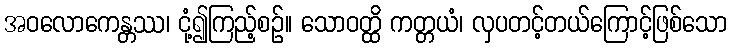
အဝလောကေန္တဿ၊ ငုံ့၍ကြည့်စဉ်။ သောဝတ္ထိ ကတ္တယံ၊ လှပတင့်တယ်ကြောင့်ဖြစ်သော